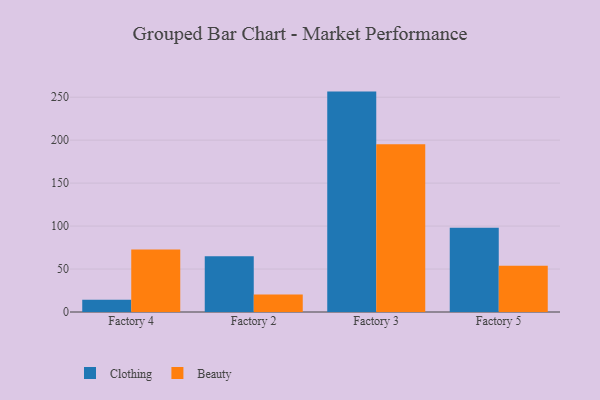
{"axis": {"x": "Factory", "y": "Demand Index"}, "legend": ["Beauty", "Clothing"], "data": [{"x": "Factory 4", "y": 14.3, "type": "Clothing"}, {"x": "Factory 4", "y": 72.7, "type": "Beauty"}, {"x": "Factory 2", "y": 64.8, "type": "Clothing"}, {"x": "Factory 2", "y": 20.4, "type": "Beauty"}, {"x": "Factory 3", "y": 256.5, "type": "Clothing"}, {"x": "Factory 3", "y": 195.2, "type": "Beauty"}, {"x": "Factory 5", "y": 98.0, "type": "Clothing"}, {"x": "Factory 5", "y": 53.9, "type": "Beauty"}]}